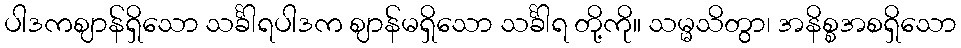
ပါဒကဈာန်ရှိသော သင်္ခါရပါဒက ဈာန်မရှိသော သင်္ခါရ တို့ကို။ သမ္မသိတွာ၊ အနိစ္စအစရှိသော